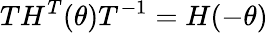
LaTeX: TH^{T}(\theta)T^{-1}=H(-\theta)